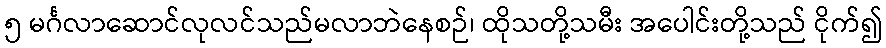
၅ မင်္ဂလာဆောင်လုလင်သည်မလာဘဲနေစဉ်၊ ထိုသတို့သမီး အပေါင်းတို့သည် ငိုက်၍